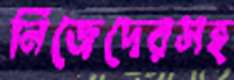
নিজেদেরসহ